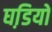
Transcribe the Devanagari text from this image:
घडि़यों